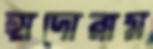
হাদোরাম